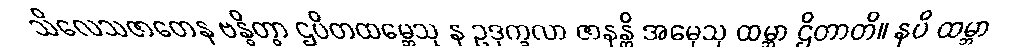
သိလေသဇာတေန ဗန္ဓိတွာ ဌပိတထမ္ဘေသု န ဥဒုက္ခလာ ဇာနန္တိ အမှေသု ထမ္ဘာ ဌိတာတိ။ နပိ ထမ္ဘာ